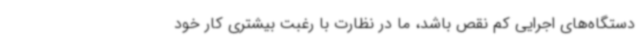
دستگاه‌های اجرایی کم نقص باشد، ما در نظارت با رغبت بیشتری کار خود